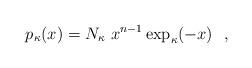
LaTeX: \begin{align*}p_{\kappa}(x)=N_{\kappa}\,\,x^{n-1} \exp_{\kappa}(-x) \ \ , \end{align*}